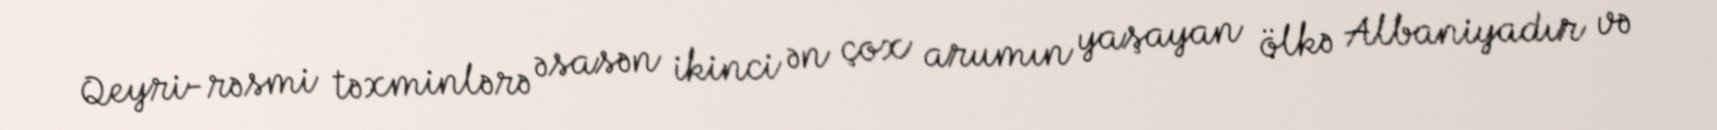
Qeyri-rəsmi təxminlərə əsasən ikinci ən çox arumın yaşayan ölkə Albaniyadır və